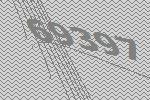
69397